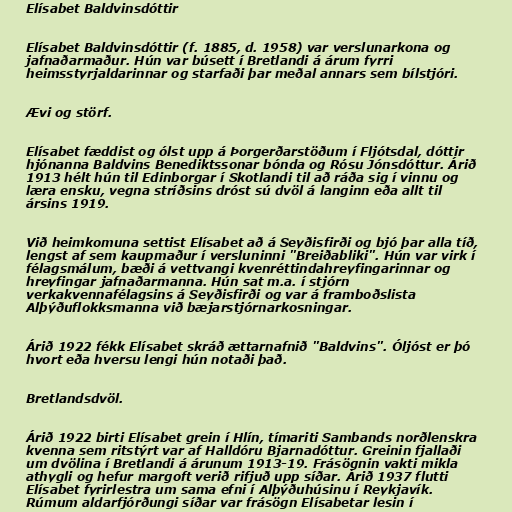
Elísabet Baldvinsdóttir

Elísabet Baldvinsdóttir (f. 1885, d. 1958) var verslunarkona og
jafnaðarmaður. Hún var búsett í Bretlandi á árum fyrri
heimsstyrjaldarinnar og starfaði þar meðal annars sem bílstjóri.

Ævi og störf.

Elísabet fæddist og ólst upp á Þorgerðarstöðum í Fljótsdal, dóttir
hjónanna Baldvins Benediktssonar bónda og Rósu Jónsdóttur. Árið
1913 hélt hún til Edinborgar í Skotlandi til að ráða sig í vinnu og
læra ensku, vegna stríðsins dróst sú dvöl á langinn eða allt til
ársins 1919.

Við heimkomuna settist Elísabet að á Seyðisfirði og bjó þar alla tíð,
lengst af sem kaupmaður í versluninni "Breiðabliki". Hún var virk í
félagsmálum, bæði á vettvangi kvenréttindahreyfingarinnar og
hreyfingar jafnaðarmanna. Hún sat m.a. í stjórn
verkakvennafélagsins á Seyðisfirði og var á framboðslista
Alþýðuflokksmanna við bæjarstjórnarkosningar.

Árið 1922 fékk Elísabet skráð ættarnafnið "Baldvins". Óljóst er þó
hvort eða hversu lengi hún notaði það.

Bretlandsdvöl.

Árið 1922 birti Elísabet grein í Hlín, tímariti Sambands norðlenskra
kvenna sem ritstýrt var af Halldóru Bjarnadóttur. Greinin fjallaði
um dvölina í Bretlandi á árunum 1913-19. Frásögnin vakti mikla
athygli og hefur margoft verið rifjuð upp síðar. Árið 1937 flutti
Elísabet fyrirlestra um sama efni í Alþýðuhúsinu í Reykjavík.
Rúmum aldarfjórðungi síðar var frásögn Elísabetar lesin í